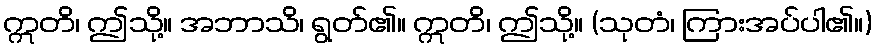
ဣတိ၊ ဤသို့။ အဘာသိ၊ ရွတ်၏။ ဣတိ၊ ဤသို့။ (သုတံ၊ ကြားအပ်ပါ၏။)